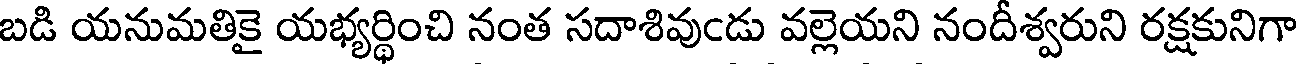
బడి యనుమతికై యభ్యర్థించి నంత సదాశివుఁడు వల్లెయని నందీశ్వరుని రక్షకునిగా